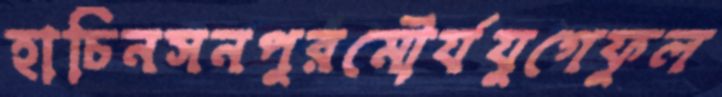
হাচিনসনপুরমৌর্যযুগেফুল